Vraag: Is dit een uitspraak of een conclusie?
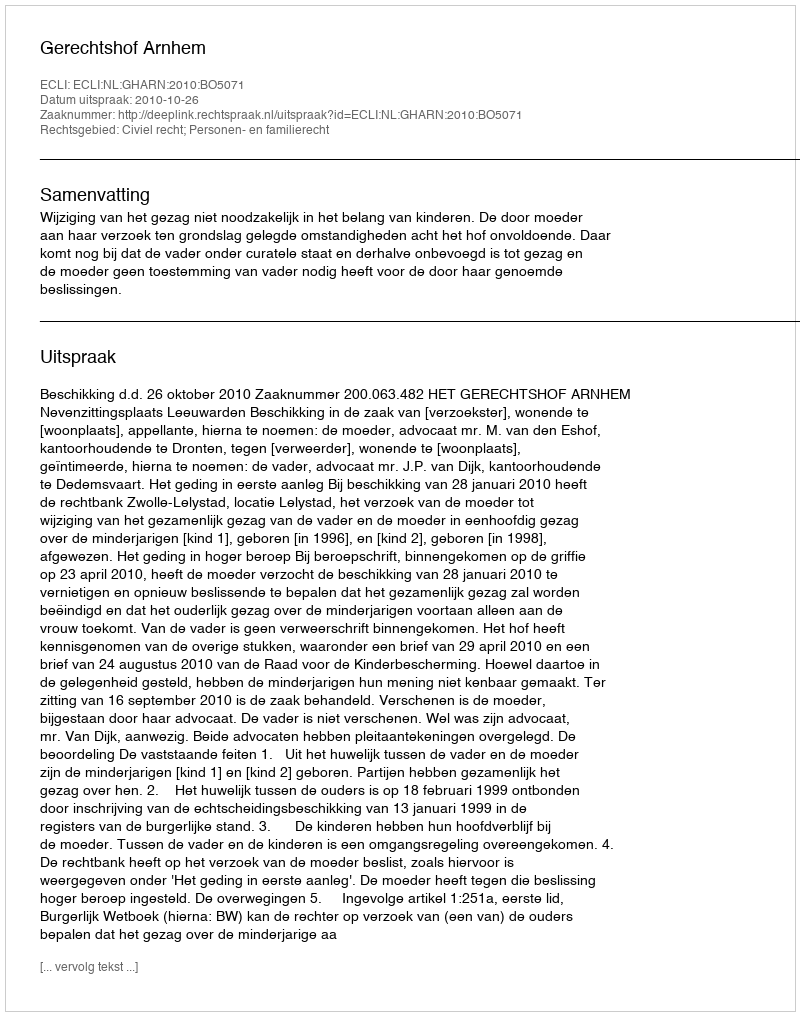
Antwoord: Uitspraak